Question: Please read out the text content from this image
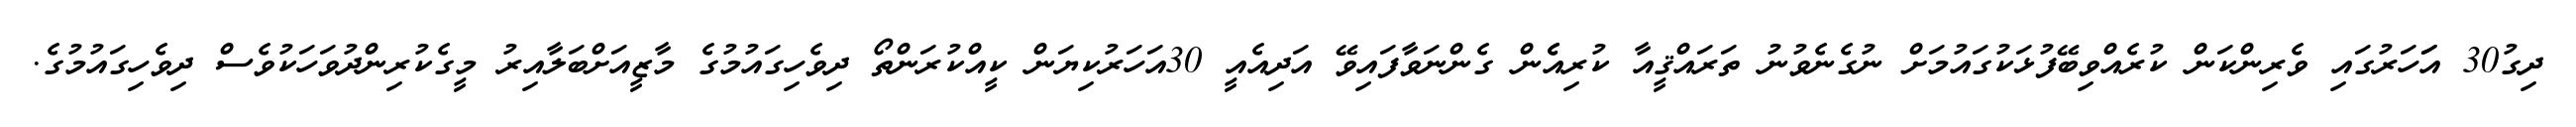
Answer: ދިގު30 އަަހަރުގައި ވެރިންކަން ކުރެއްވިބޭފުޅަކުގައުމަށް ނުގެނެވުނު ތަރައްޤީއާ ކުރިއެެން ގެންނަވާފައިވޭ އަދިއެއީ 30އަހަރުކިޔަން ކީއްކުރަންތޯ ދިވެހިގައުމުގެ މާޒީއަށްބަލާއިރު މީގެކުރިންދުވަހަކުވެސް ދިވެހިގައުމުގެ.